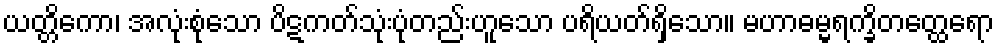
ယတ္တိကော၊ အလုံးစုံသော ပိဋကတ်သုံးပုံတည်းဟူသော ပရိယတ်ရှိသော။ မဟာဓမ္မရက္ခိတတ္ထေရော